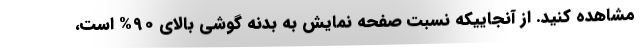
مشاهده کنید. از آنجاییکه نسبت صفحه نمایش به بدنه گوشی بالای 90% است،